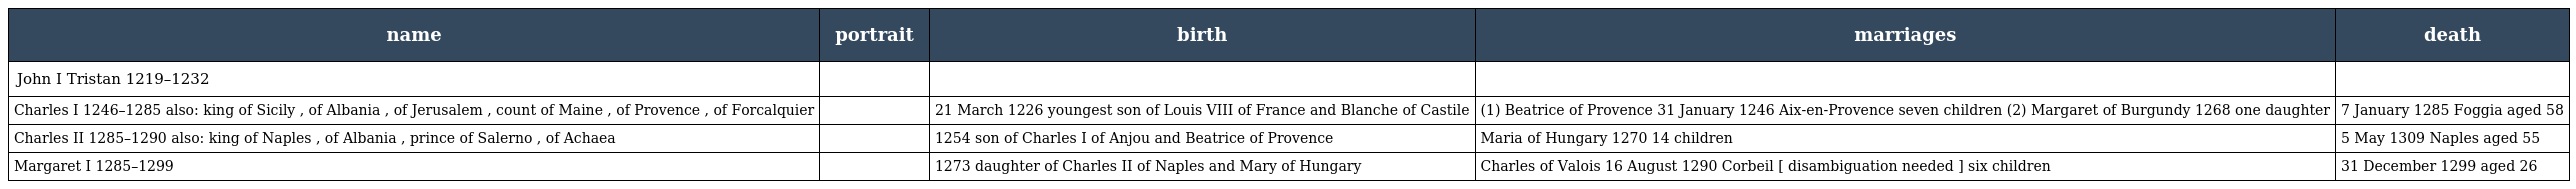
| name | portrait | birth | marriages | death |
 | --- | --- | --- | --- | --- |
 | John I Tristan 1219–1232 |  |  |  |  |
 | Charles I 1246–1285 also: king of Sicily , of Albania , of Jerusalem , count of Maine , of Provence , of Forcalquier |  | 21 March 1226 youngest son of Louis VIII of France and Blanche of Castile | (1) Beatrice of Provence 31 January 1246 Aix-en-Provence seven children (2) Margaret of Burgundy 1268 one daughter | 7 January 1285 Foggia aged 58 |
 | Charles II 1285–1290 also: king of Naples , of Albania , prince of Salerno , of Achaea |  | 1254 son of Charles I of Anjou and Beatrice of Provence | Maria of Hungary 1270 14 children | 5 May 1309 Naples aged 55 |
 | Margaret I 1285–1299 |  | 1273 daughter of Charles II of Naples and Mary of Hungary | Charles of Valois 16 August 1290 Corbeil [ disambiguation needed ] six children | 31 December 1299 aged 26 |